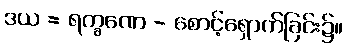
ဒယ = ရက္ခဏေ - စောင့်ရှောက်ခြင်း၌။